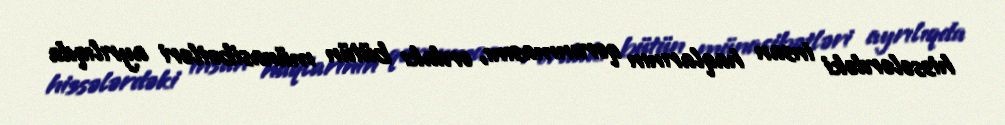
hissələrdəki insan haqlarının qorunmasını, ordakı bütün münasibətləri ayrılıqda